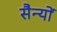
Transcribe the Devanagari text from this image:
सैन्यों